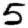
Digit: 5